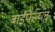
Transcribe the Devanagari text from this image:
बाईफेन्य्ल